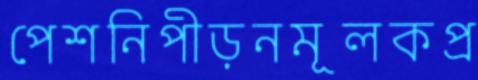
পেশনিপীড়নমূলকপ্র